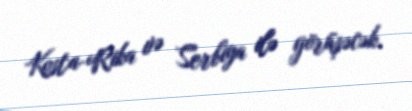
Kosta-Rika və Serbiya ilə görüşəcək.